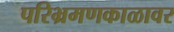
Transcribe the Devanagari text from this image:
परिभ्रमणकाळावर